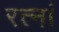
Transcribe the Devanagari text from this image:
रत्‍नां